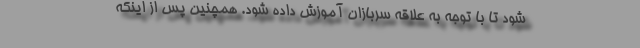
شود تا با توجه به علاقه سربازان آموزش داده شود. همچنین پس از اینکه